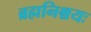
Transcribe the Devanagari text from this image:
ब्रह्मनिश्चयः